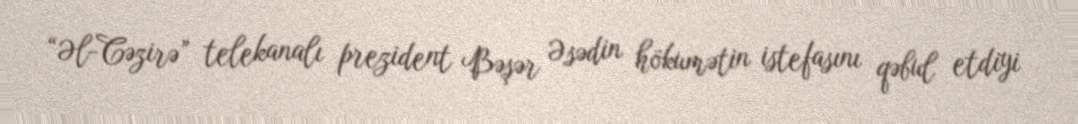
“Əl-Cəzirə” telekanalı prezident Bəşər Əsədin hökumətin istefasını qəbul etdiyi